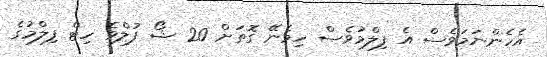
އެހެންނަމަވެސް އެ ފިލްމުވެސް ހިމެނޭ ގޮތަށް 20 ޝޯ ފުލްވެ ހިޓް ފިލްމުގެ